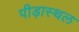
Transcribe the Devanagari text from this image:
पीड़ास्थल